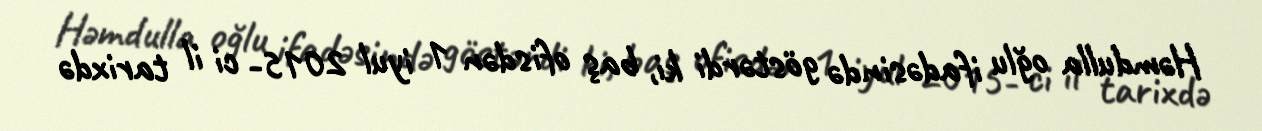
Həmdulla oğlu ifadəsində göstərdi ki, baş ofisdən 1 iyul 2015- ci il tarixdə